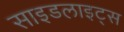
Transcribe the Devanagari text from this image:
साइडलाइट्स